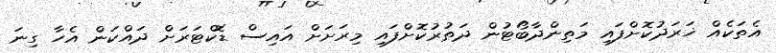
އެތަކެއް ޚަރަދުކޮށްފައި މަތިންދާބޯޓުން ދަތުރުކޮށްފައި މިރަށަށް އައިސް ޑޮކްޓަރަށް ދައްކަން އެހާ ގިނަ